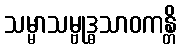
သမ္မာသမ္ဗုဒ္ဓသာဝကန္တိ